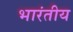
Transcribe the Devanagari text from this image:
भारंतीय